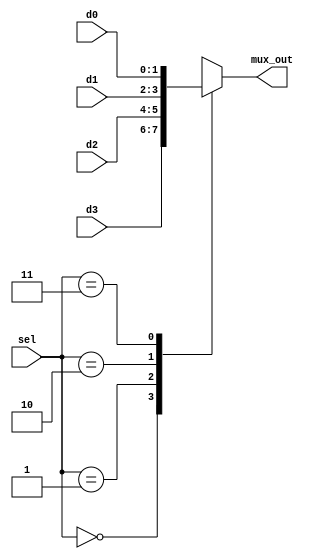
module mux4_1(
input [1:0]d1,d2,d3,d0,
input [1:0]sel,
output[1:0]mux_out
);
//*************code***********//
wire [1:0] d1, d2, d3, d0;
wire [1:0] sel;
wire [1:0] mux_out;
reg  [1:0] mux_out_reg;

always @(*)
begin
    case (sel)
        2'b00: mux_out_reg = d3;
        2'b01: mux_out_reg = d2;
        2'b10: mux_out_reg = d1;
        2'b11: mux_out_reg = d0;
        default: mux_out_reg = d3;
    endcase
end

assign mux_out = mux_out_reg;
//*************code***********//
endmodule